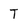
Character: T